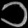
Digit: ၁